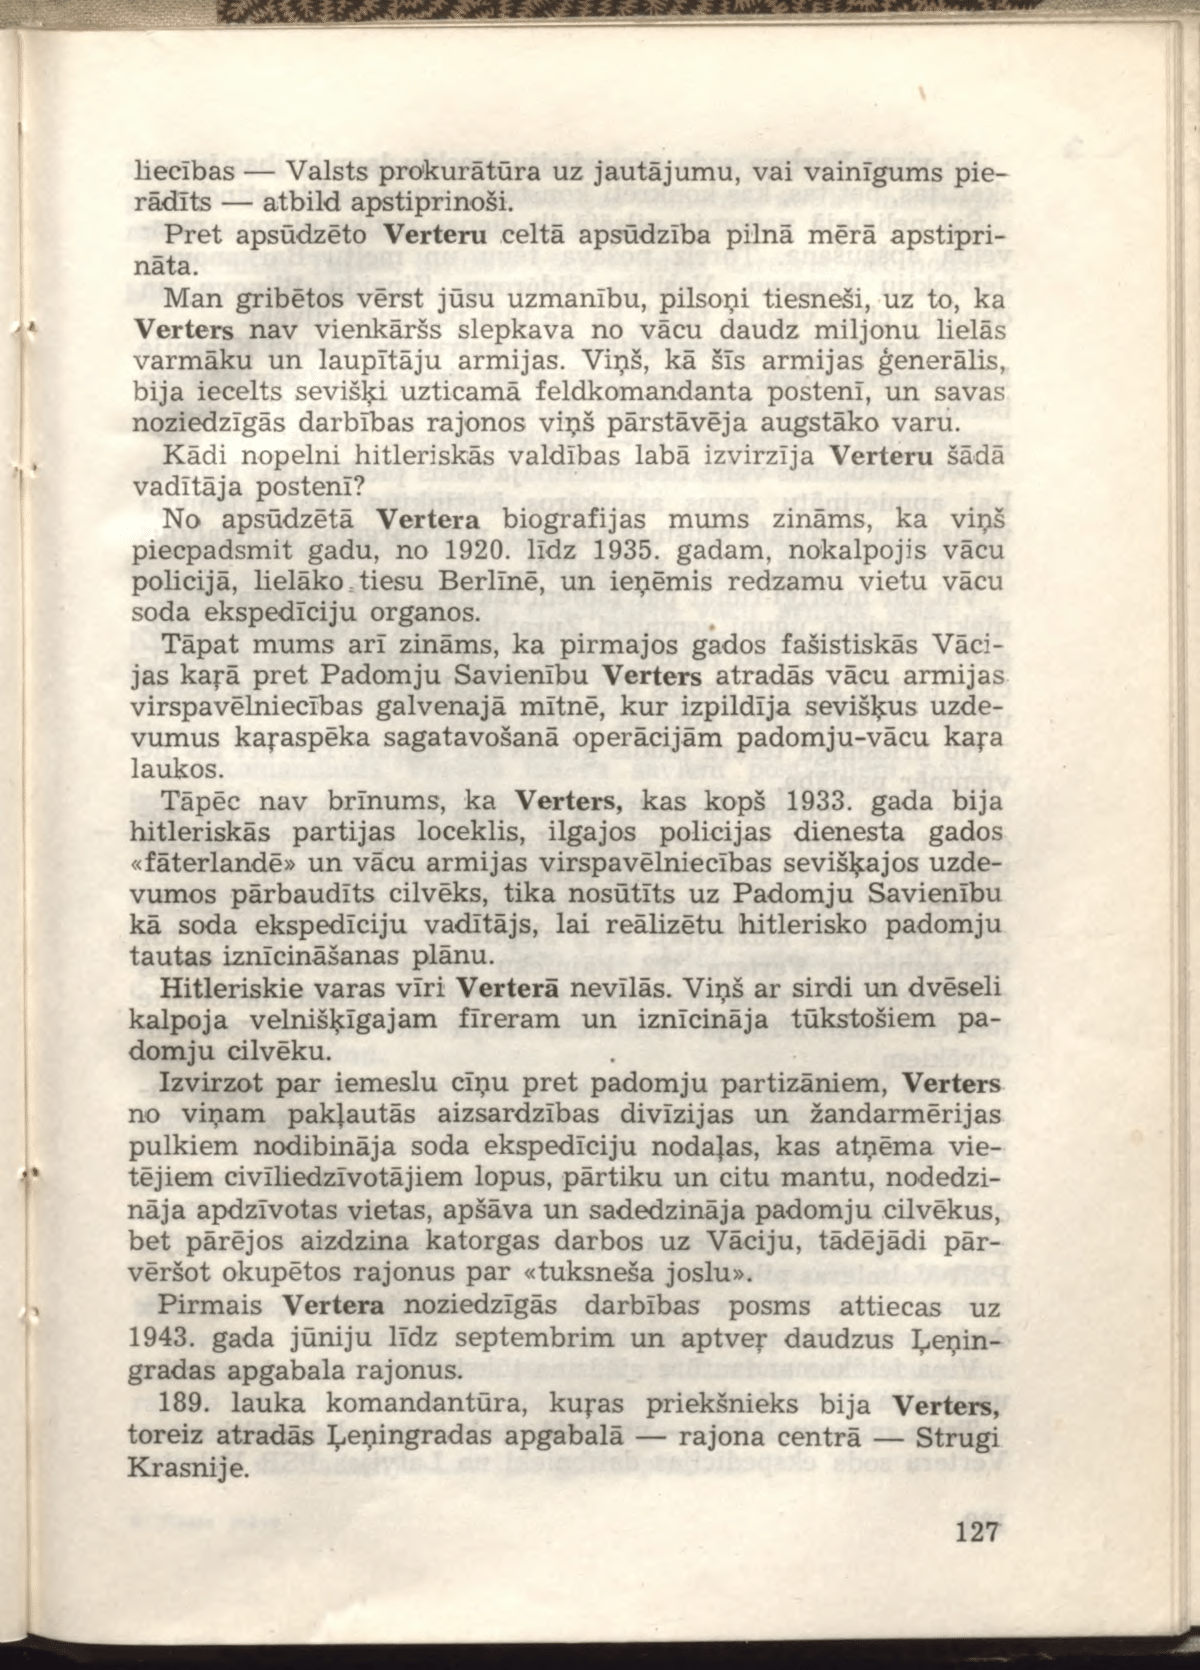
Language: lv